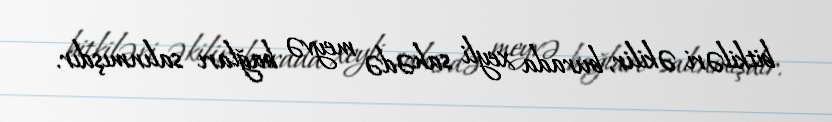
bitkiləri əkilir, burada xeyli sahədə meyvə bağları salınmışdır.